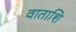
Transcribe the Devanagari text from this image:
वाताशि